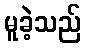
မူခဲ့သည်